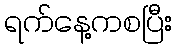
ရက်နေ့ကစပြီး